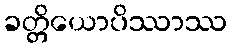
ခတ္တိယောပိဿာဿ